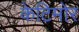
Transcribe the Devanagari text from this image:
केटिमोर